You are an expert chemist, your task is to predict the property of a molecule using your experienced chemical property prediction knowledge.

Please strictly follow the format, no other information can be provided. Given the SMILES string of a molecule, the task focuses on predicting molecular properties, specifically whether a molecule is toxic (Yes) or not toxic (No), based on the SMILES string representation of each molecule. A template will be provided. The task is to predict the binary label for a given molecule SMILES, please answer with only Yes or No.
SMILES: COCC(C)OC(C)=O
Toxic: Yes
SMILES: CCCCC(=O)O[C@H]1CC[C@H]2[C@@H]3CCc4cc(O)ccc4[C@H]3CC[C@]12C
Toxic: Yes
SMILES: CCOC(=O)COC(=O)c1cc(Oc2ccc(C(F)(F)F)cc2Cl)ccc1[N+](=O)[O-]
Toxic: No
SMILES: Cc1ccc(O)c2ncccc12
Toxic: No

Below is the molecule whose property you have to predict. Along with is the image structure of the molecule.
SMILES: CN(C)C(C)(C)CO
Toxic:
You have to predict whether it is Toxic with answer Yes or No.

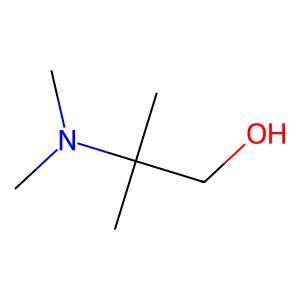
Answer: No